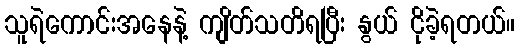
သူရဲကောင်းအနေနဲ့ ကျိတ်သတိရပြီး နွယ် ငိုခဲ့ရတယ်။